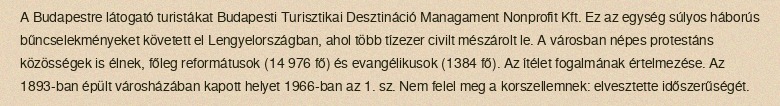
A Budapestre látogató turistákat Budapesti Turisztikai Desztináció Managament Nonprofit Kft. Ez az egység súlyos háborús bűncselekményeket követett el Lengyelországban, ahol több tízezer civilt mészárolt le. A városban népes protestáns közösségek is élnek, főleg reformátusok (14 976 fő) és evangélikusok (1384 fő). Az ítélet fogalmának értelmezése. Az 1893-ban épült városházában kapott helyet 1966-ban az 1. sz. Nem felel meg a korszellemnek: elvesztette időszerűségét.